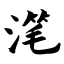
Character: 滗